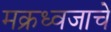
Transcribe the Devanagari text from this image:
मक्रध्वजाचे